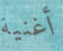
أغنية